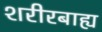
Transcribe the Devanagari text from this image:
शरीरबाह्य